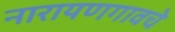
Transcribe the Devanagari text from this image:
नारायणगावचे